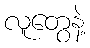
လူတွေနဲ့